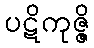
ပဋိကုဇ္ဇိ